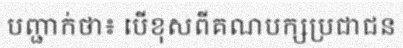
បញ្ជាក់ថា៖ បើខុសពីគណបក្សប្រជាជន